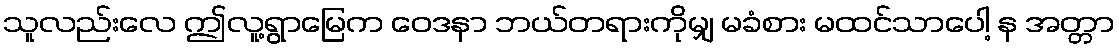
သူလည်းလေ ဤလူ့ရွာမြေက ဝေဒနာ ဘယ်တရားကိုမျှ မခံစား မထင်သာပေါ့ န အတ္တာ